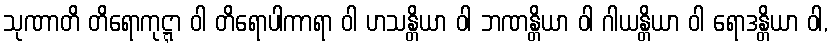
သုဏာတိ တိရောကုဋ္ဋာ ဝါ တိရောပါကာရာ ဝါ ဟသန္တိယာ ဝါ ဘဏန္တိယာ ဝါ ဂါယန္တိယာ ဝါ ရောဒန္တိယာ ဝါ,